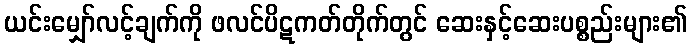
ယင်းမျှော်လင့်ချက်ကို ဖလင်ပိဋကတ်တိုက်တွင် ဆေးနှင့်ဆေးပစ္စည်းများ၏